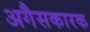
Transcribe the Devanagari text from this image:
अगैसकारक